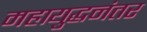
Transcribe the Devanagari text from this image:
महायुद्धनंतर